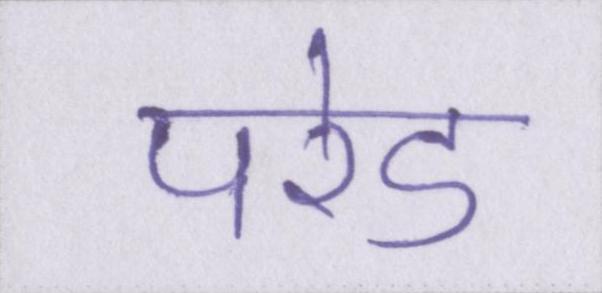
परेड